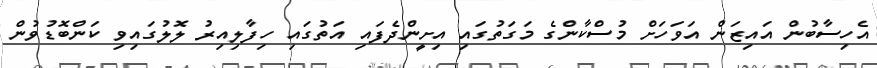
އެހިސާބުން އައިޒަން އަވަހަށް މުސްކާންގެ މަގަތުގައި އިށީންދެފައި އަތުގައި ހިފާލިއިރު ލޮލުގައިވި ކަންބޮޑުވުން